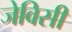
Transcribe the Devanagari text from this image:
जेविसी